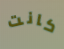
كانت